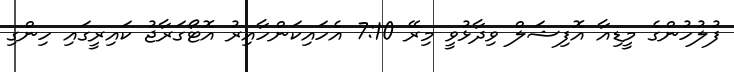
ފުލުހުންގެ މީޑިއާ އޮފިޝަލް ވިދާޅުވީ މިރޭ 7:10 އެހައިކަންހާއިރު އޮޓޯގަރާޖު ކައިރީގައި ހިންގި